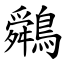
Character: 䴄